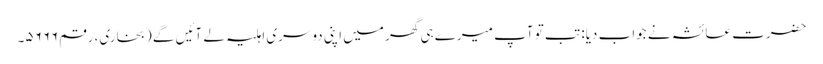
حضرت عائشہ نے جواب دیا: تب تو آپ میرے ہی گھر میں اپنی دوسری اہلیہ لے آئیں گے (بخاری، رقم ۵۶۶۶۔